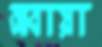
আবায়া